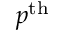
p ^ { \mathrm { t h } }